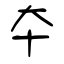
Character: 夲